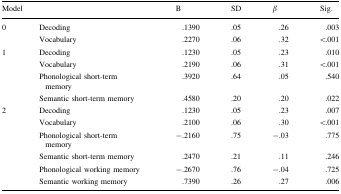
<table><thead><tr><td colspan="2"><b>Model</b></td><td><b>B</b></td><td><b>SD</b></td><td><b><i>β</i></b></td><td><b>Sig.</b></td></tr></thead><tbody><tr><td rowspan="2">0</td><td>Decoding</td><td>.1390</td><td>.05</td><td>.26</td><td>.003</td></tr><tr><td>Vocabulary</td><td>.2270</td><td>.06</td><td>.32</td><td>&lt;.001</td></tr><tr><td rowspan="4">1</td><td>Decoding</td><td>.1230</td><td>.05</td><td>.23</td><td>.010</td></tr><tr><td>Vocabulary</td><td>.2190</td><td>.06</td><td>.31</td><td>&lt;.001</td></tr><tr><td>Phonological short-term memory</td><td>.3920</td><td>.64</td><td>.05</td><td>.540</td></tr><tr><td>Semantic short-term memory</td><td>.4580</td><td>.20</td><td>.20</td><td>.022</td></tr><tr><td rowspan="6">2</td><td>Decoding</td><td>.1230</td><td>.05</td><td>.23</td><td>.007</td></tr><tr><td>Vocabulary</td><td>.2100</td><td>.06</td><td>.30</td><td>&lt;.001</td></tr><tr><td>Phonological short-term memory</td><td>−.2160</td><td>.75</td><td>−.03</td><td>.775</td></tr><tr><td>Semantic short-term memory</td><td>.2470</td><td>.21</td><td>.11</td><td>.246</td></tr><tr><td>Phonological working memory</td><td>−.2670</td><td>.76</td><td>−.04</td><td>.725</td></tr><tr><td>Semantic working memory</td><td>.7390</td><td>.26</td><td>.27</td><td>.006</td></tr></tbody></table>